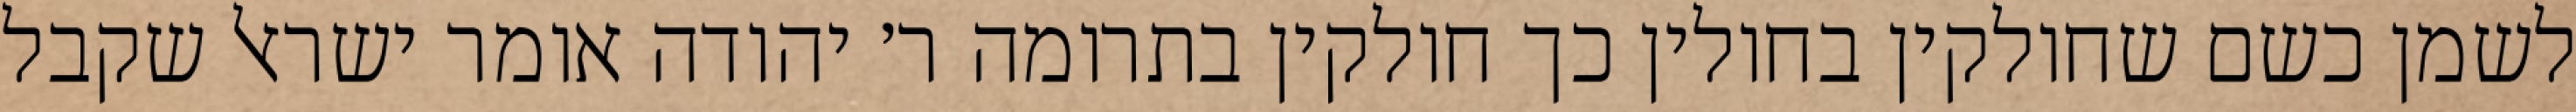
לשמן כשם שחולקין בחולין כך חולקין בתרומה ר׳ יהודה אומר ישראל שקבל